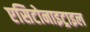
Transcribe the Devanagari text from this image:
एसिटोनाइट्राइल